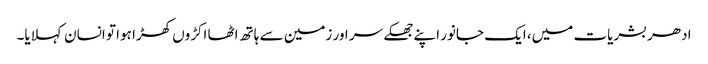
ادھر بشریات میں، ایک جانور اپنے جھکے سر اور زمین سے ہاتھ اٹھا اکڑوں کھڑا ہوا تو انسان کہلایا۔